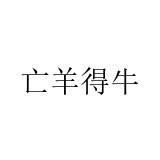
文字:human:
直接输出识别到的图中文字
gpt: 亡羊得牛